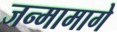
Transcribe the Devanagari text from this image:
जन्मामागे